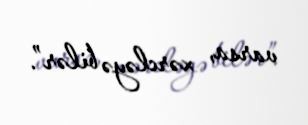
varsa, xərcləyə bilər”.